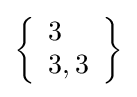
\left\{{\begin{array}{l}3\\3,3\end{array}}\right\}